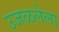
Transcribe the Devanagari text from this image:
उजळलेला